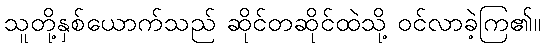
သူတို့နှစ်ယောက်သည် ဆိုင်တဆိုင်ထဲသို့ ဝင်လာခဲ့ကြ၏။